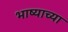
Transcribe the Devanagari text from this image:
भाष्याच्या